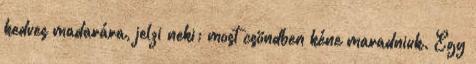
kedves madarára, jelzi neki; most csöndben kéne maradniuk. Egy